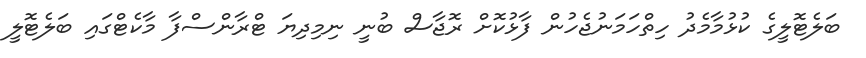
ބަލެޓޮލީގެ ކުޅުމާމެދު ހިތްހަމަނުޖެހުން ފާޅުކޮށް ރޮޖާސް ބުނީ ނިމިދިޔަ ޓްރާންސްފާ މާކެޓްގައި ބަލެޓޮލީ